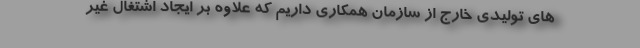
های تولیدی خارج از سازمان همکاری داریم که علاوه بر ایجاد اشتغال غیر